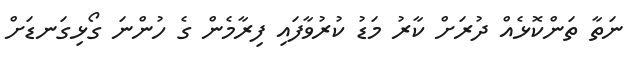
ނަތާ ތަންކޮޅެއް ދުރަށް ކާރު މަޑު ކުރުވާފައި ފިރާމެން ގެ ހުންނަ ގޯޅިގަނޑަށް